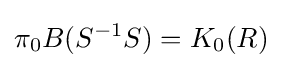
\pi _{0}B(S^{-1}S)=K_{0}(R)